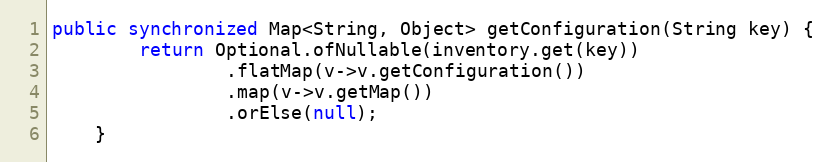
Language: Java
public synchronized Map<String, Object> getConfiguration(String key) {
		return Optional.ofNullable(inventory.get(key))
				.flatMap(v->v.getConfiguration())
				.map(v->v.getMap())
				.orElse(null);
	}